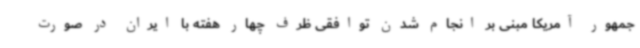
جمهور آمریکا مبنی بر انجام شدن توافقی ظرف چهار هفته با ایران در صورت